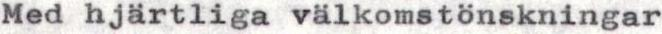
Med hjärtliga välkomstönskningar